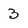
Character: 3